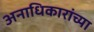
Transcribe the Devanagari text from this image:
अनाधिकारांच्या